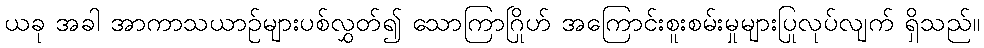
ယခု အခါ အာကာသယာဉ်များပစ်လွှတ်၍ သောကြာဂြိုဟ် အကြောင်းစူးစမ်းမှုများပြုလုပ်လျက် ရှိသည်။